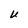
Character: U